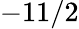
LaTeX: -11/2